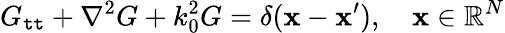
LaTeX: G_{\mathtt{t}\mathtt{t}}+\nabla^{2}G+k_{0}^{2}G=\delta(\mathbf{{x}}-\mathbf{{x}}^{\prime}),\quad\mathbf{{x}}\in\mathbb{{R}}^{N}